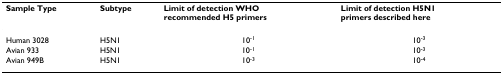
<table><thead><tr><td><b>Sample Type</b></td><td><b>Subtype</b></td><td><b>Limit of detection WHO recommended H5 primers</b></td><td><b>Limit of detection H5N1 primers described here</b></td></tr></thead><tbody><tr><td>Human 3028</td><td>H5N1</td><td>10<sup>-1</sup></td><td>10<sup>-3</sup></td></tr><tr><td>Avian 933</td><td>H5N1</td><td>10<sup>-1</sup></td><td>10<sup>-3</sup></td></tr><tr><td>Avian 949B</td><td>H5N1</td><td>10<sup>-3</sup></td><td>10<sup>-4</sup></td></tr></tbody></table>